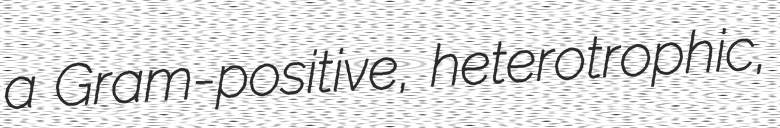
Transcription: a Gram-positive, heterotrophic,